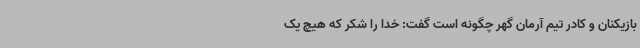
بازیکنان و کادر تیم آرمان گهر چگونه است گفت: خدا را شکر که هیچ یک